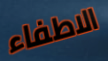
الاطفاء